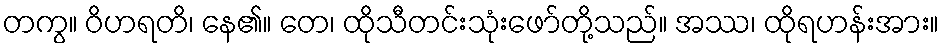
တကွ။ ဝိဟရတိ၊ နေ၏။ တေ၊ ထိုသီတင်းသုံးဖော်တို့သည်။ အဿ၊ ထိုရဟန်းအား။